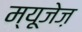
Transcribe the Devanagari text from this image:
म्यूजेज़